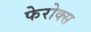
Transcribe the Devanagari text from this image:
फेरोक्स